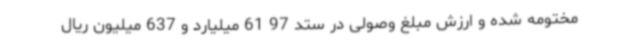
مختومه شده و ارزش مبلغ وصولی در ستد 97 61 میلیارد و 637 میلیون ریال